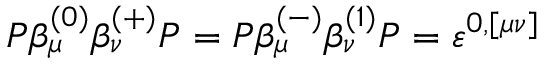
P \beta _ { \mu } ^ { ( 0 ) } \beta _ { \nu } ^ { ( + ) } P = P \beta _ { \mu } ^ { ( - ) } \beta _ { \nu } ^ { ( 1 ) } P = \varepsilon ^ { 0 , [ \mu \nu ] }